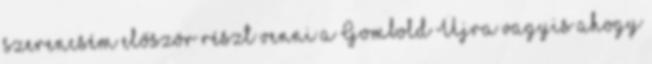
szerencsém először részt venni a Gombold Újra vagyis ahogy